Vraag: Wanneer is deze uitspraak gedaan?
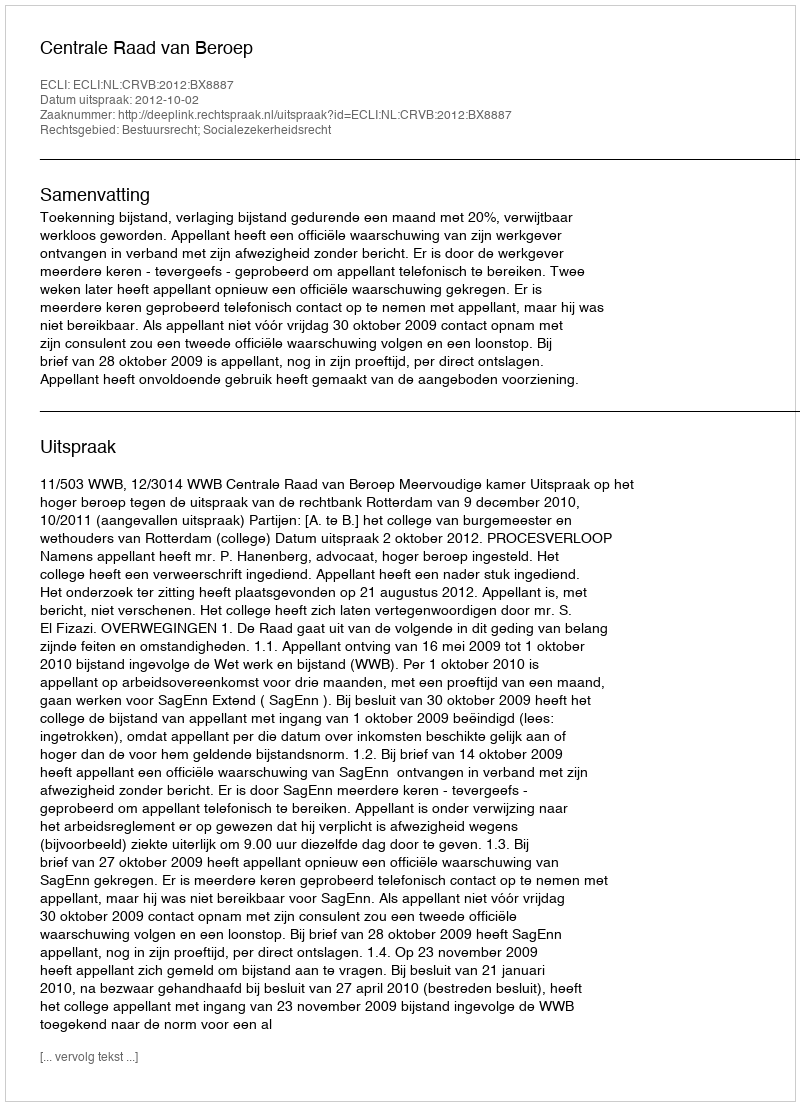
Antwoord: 2012-10-02